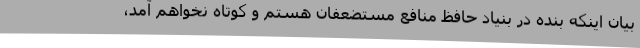
بیان اینکه بنده در بنیاد حافظ منافع مستضعفان هستم و کوتاه نخواهم آمد،